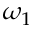
\omega _ { 1 }